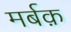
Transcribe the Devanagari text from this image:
मर्बक़